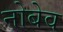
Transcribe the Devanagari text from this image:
नोबेव